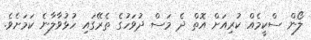
ލޯން ސްކީމެއް ކުރިއަށް އޮތް ދެ މަސް ދުވަހުގެ ތެރޭގައި ހުޅުވާލާނެ ކަމަށެވެ.